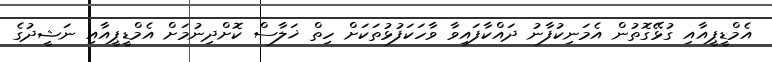
އެމްޑީޕީއާއި ގުޅޭގޮތުން އެމަނިކުފާނު ދައްކާފައިވާ ވާހަކަފުޅުތަކަށް ހިތް ޚަލާސް ކޮށްދިނުމަށް އެމްޑީޕީއާއި ނަޝީދުގެ